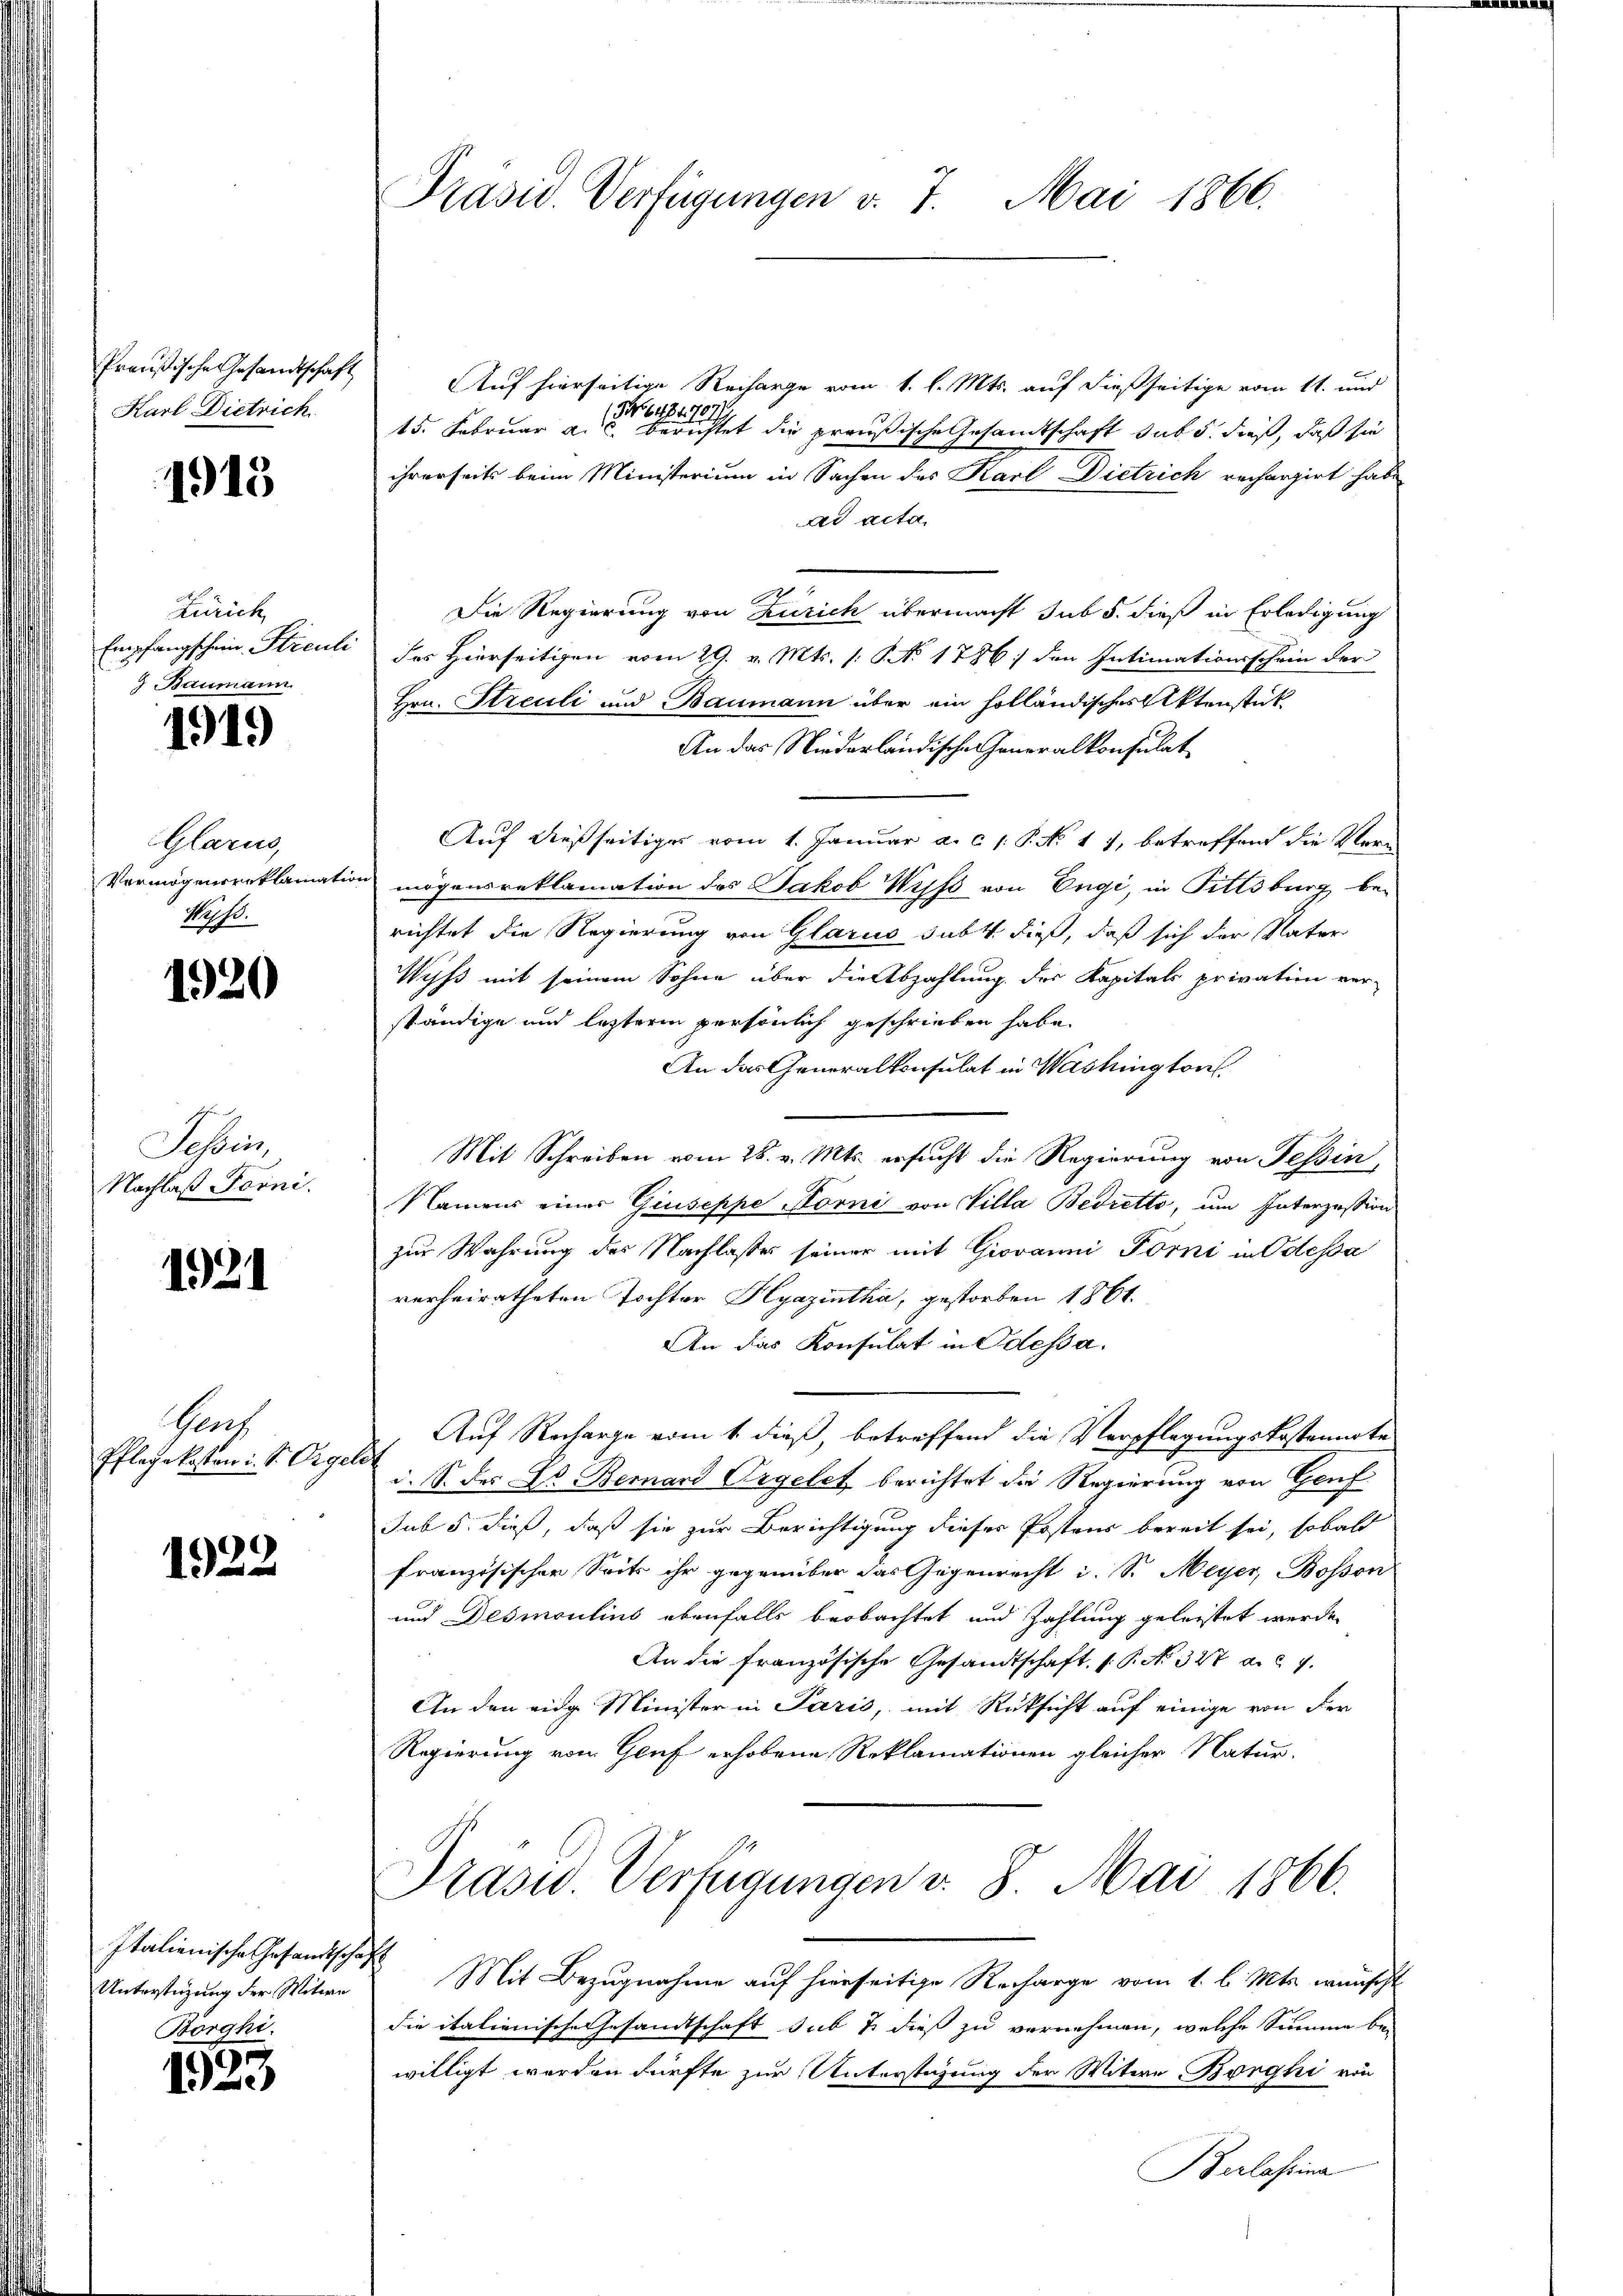
Preußische Gesandtschaft
Karl Dietrich

1915

Zürich
Empfangschein Sticuli
9 Baumann

1919

Glarus,
Vermögensreklamati
Naf.

1920

Tessin,
Nachlaß Torni.

1921

Prach
Pflege kosten i. S. Orgi

1922

Italienische Gesandtschaft
Unterstüzung der Witwe
Borghi.

1923

Präsid. Verfügungen v. 7. Mai 1866.

Auf hierseitige Recharge vom 1. l. Mts. auf dießseitige vom 11. und
1946484767/
15. Februar a. c. berichtet die preußische Gesandtschaft sub 5. dieß, daß sie
ihrerseits beim Ministerium in Sachen des Karl Dietrich recherzirt habe
ad acta
20
Die Regierung von Zürich übermacht sub 5. dieß in Erledigung
des Hierseitigen vom 29. v. Mts. 1. No 1786) den Intimationsschein der
Hrn. Streuli und Baumann über ein holländisches Aktenstück
An das Niederländische Generalkonsulat
Auf dießseitiger vom 1. Januar a. c. s. P. No. 17, betreffend die Vermögensreklamation des Jakob Wipf von Engi, in Pittsburg be-
richtet die Regierung von Glarus subt dieß, daß sich der Vater
Wipfs mit seinem Sohne über die Abzahlung des Kapitals privation ver-
ständige und letztere persönlich geschrieben habe.
An das Generalkonsulat in Washington
Mit Schreiben vom 26. v. Mts. ersucht die Regierung von Tessin,
Namens eines Giuseppe Hörni von Villa Bedretto, um Interzession
zur Wahrung des Nachlasses seiner mit Giovanni Förni in Odessa
verheiratheten Tochter Hyazintha, gestorben 1861.
An das Konsulat in Odessa.
 Auf Recharge vom 1. dieß, betreffend die Verpflegungskostennote
d. S. des Dr. Bernard Orgelet berichtet die Regierung von Genf
Jub 5. dieß, daß sie zur Berichtigung dieses Postens bereit sei, sobald
französischer Seits ihr gegenüber das Gegenrecht i. Sr. Meyer, Bosson
und Desmoulins ebenfalls beobachtet und Zahlung geleistet werde.
An die französische Gesandtschaft, s. B. No. 327 a.d. 7.
An den eidg Minister in Parić, mit Rüksicht auf einige von der
Regierung vom Genf erhobene Reklamationen gleicher Natur-
Prasi Verfügungen v. 8. Mai 1866.
Mit Bezugnahme auf hierseitige Recharge vom 1. l. Mts. wünscht
die italienische Gesandtschaft sub u. dieß zu vernehmen, welche Summe bei
willigt worden dürfte zur Unterstüzung der Witwe Borghi von
Berlassina